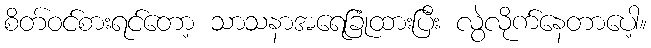
စိတ်ဝင်စားရင်တော့ သာသနာအရေခြုံထားပြီး လွဲလိုက်နေတာပေါ့။